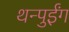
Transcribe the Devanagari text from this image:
थन्पुईंग